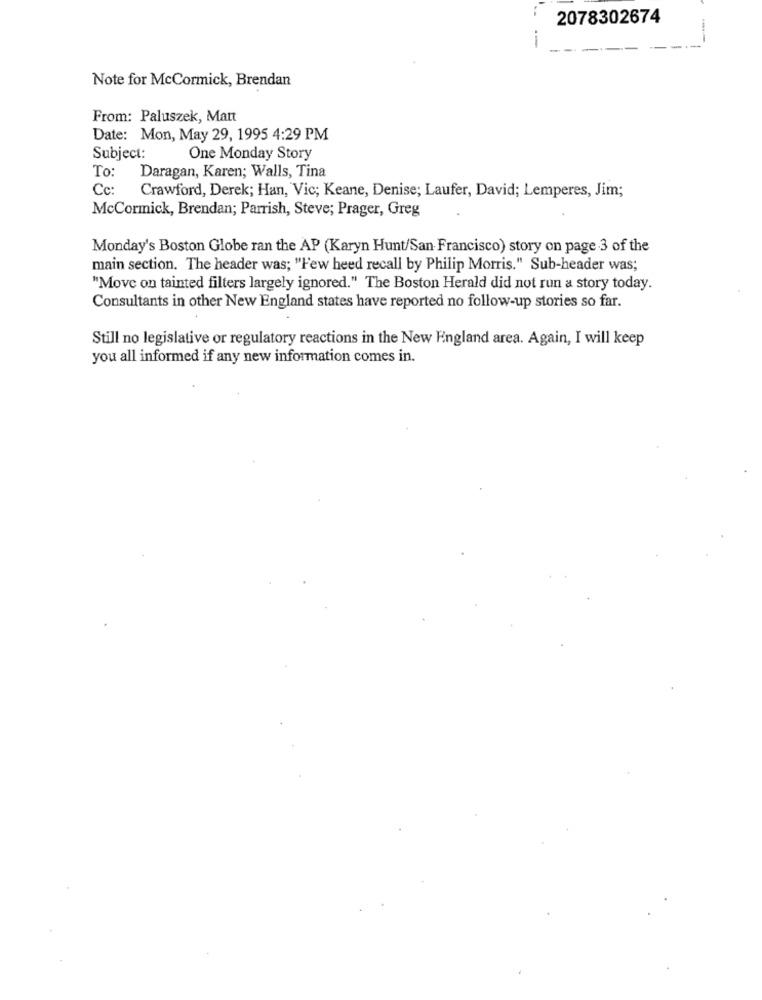
2078302674
--
Note for McCormick, Brendan
From: Paluszek, Matt
Date: Mon, May 29, 1995 4:29 PM
Subject:
One Monday Story
To:
Daragan, Karen; Walls, Tina
Cc:
Crawford, Derek; Han, Vic; Keane, Denise; Laufer, David; Lemperes, Jim;
McCormick, Brendan; Parrish, Steve; Prager, Greg
Monday's Boston Globe ran the AP (Karyn Hunt/San Francisco) story on page 3 of the
main section. The header was; "Few heed recall by Philip Morris." Sub-header was;
"Move on tainted filters largely ignored." The Boston Herald did not run a story today.
Consultants in other New England states have reported no follow-up stories so far.
Still no legislative or regulatory reactions in the New England area. Again, I will keep
you all informed if any new information comes in.